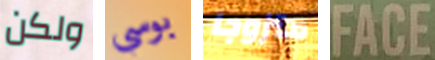
ولكن بوسي متزوجا FACE